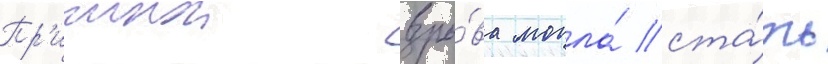
Пр'ичинои взры́ва могла́ ста́ть